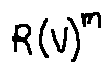
R ( V ) ^ { m }